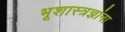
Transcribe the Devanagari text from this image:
भूशास्त्रज्ञांना